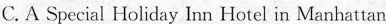
C.A Special Holiday Inn Hotel in Manhattan